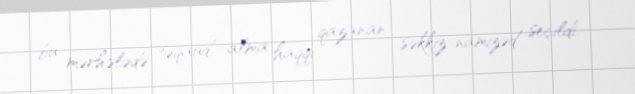
bu mərhələdə təqaüd alma haqqı qazanan səkkiz namizəd seçildi.